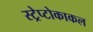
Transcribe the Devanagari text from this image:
स्ट्रेप्टोकाकल